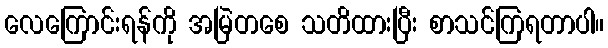
လေကြောင်းရန်ကို အမြဲတစေ သတိထားပြီး စာသင်ကြရတာပါ။